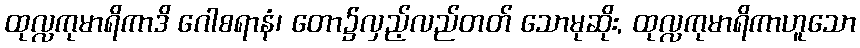
ထုလ္လကုမာရိကာဒိ ဂေါစရာနံ၊ တော၌လှည့်လည်တတ် သောမုဆိုး, ထုလ္လကုမာရိကာဟူသော